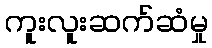
ကူးလူးဆက်ဆံမှု